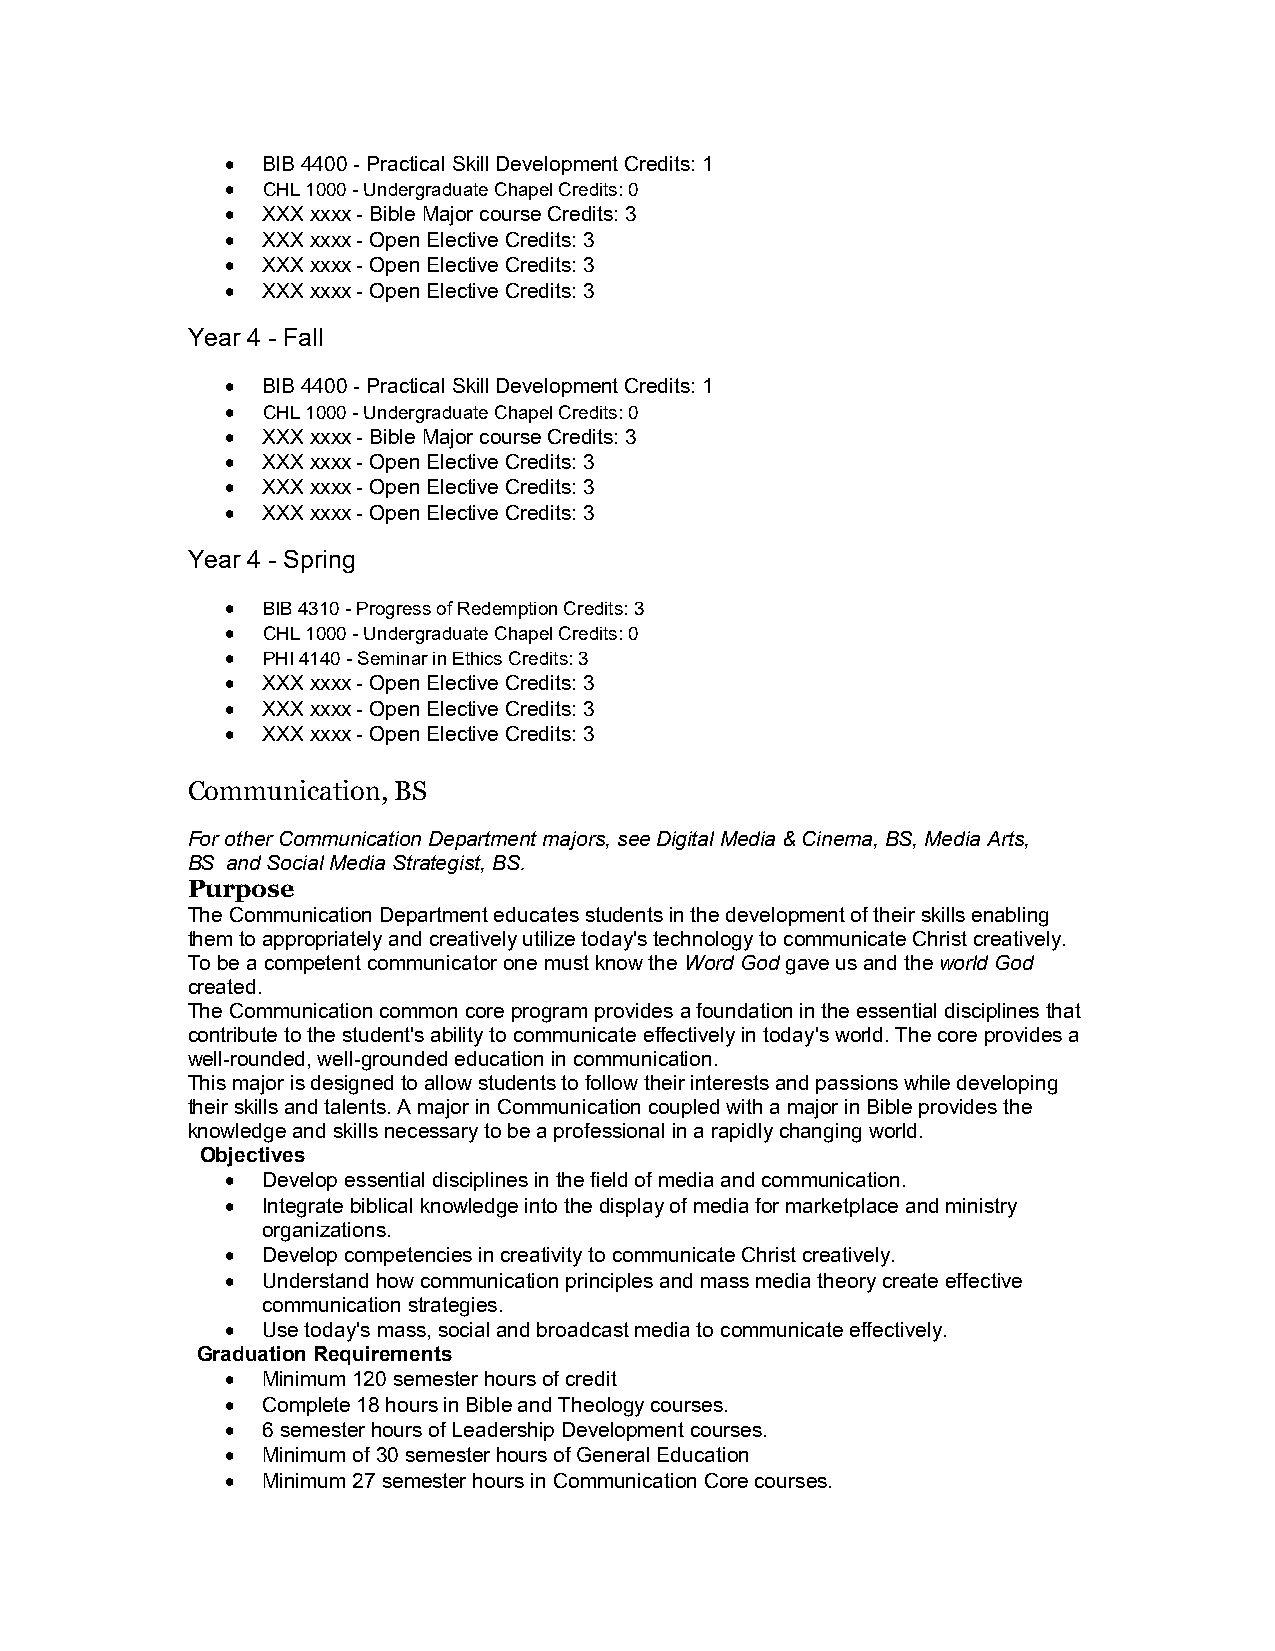
 BIB 4400 - Practical Skill Development Credits: 1
  CHL 1000 - Undergraduate Chapel Credits: 0
  XXX xxxx - Bible Major course Credits: 3
  XXX xxxx - Open Elective Credits: 3
  XXX xxxx - Open Elective Credits: 3
  XXX xxxx - Open Elective Credits: 3
 Year 4 - Fall
  BIB 4400 - Practical Skill Development Credits: 1
  CHL 1000 - Undergraduate Chapel Credits: 0
  XXX xxxx - Bible Major course Credits: 3
  XXX xxxx - Open Elective Credits: 3
  XXX xxxx - Open Elective Credits: 3
  XXX xxxx - Open Elective Credits: 3
 Year 4 - Spring
  BIB 4310 - Progress of Redemption Credits: 3
  CHL 1000 - Undergraduate Chapel Credits: 0
  PHI 4140 - Seminar in Ethics Credits: 3
  XXX xxxx - Open Elective Credits: 3
  XXX xxxx - Open Elective Credits: 3
  XXX xxxx - Open Elective Credits: 3
 Communication, BS
 For other Communication Department majors, see Digital Media & Cinema, BS, Media Arts,
 BS and Social Media Strategist, BS.
 Purpose
 The Communication Department educates students in the development of their skills enabling
 them to appropriately and creatively utilize today's technology to communicate Christ creatively.
 To be a competent communicator one must know the Word God gave us and the world God
 created.
 The Communication common core program provides a foundation in the essential disciplines that
 contribute to the student's ability to communicate effectively in today's world. The core provides a
 well-rounded, well-grounded education in communication.
 This major is designed to allow students to follow their interests and passions while developing
 their skills and talents. A major in Communication coupled with a major in Bible provides the
 knowledge and skills necessary to be a professional in a rapidly changing world.
 Objectives
  Develop essential disciplines in the field of media and communication.
  Integrate biblical knowledge into the display of media for marketplace and ministry
 organizations.
  Develop competencies in creativity to communicate Christ creatively.
  Understand how communication principles and mass media theory create effective
 communication strategies.
  Use today's mass, social and broadcast media to communicate effectively.
 Graduation Requirements
  Minimum 120 semester hours of credit
  Complete 18 hours in Bible and Theology courses.
  6 semester hours of Leadership Development courses.
  Minimum of 30 semester hours of General Education
  Minimum 27 semester hours in Communication Core courses.